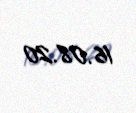
16.08.20